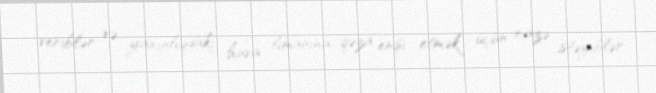
veriblər və yaxınlıqdakı hava limanına qəza enişi etmək üçün icazə istəyiblər.